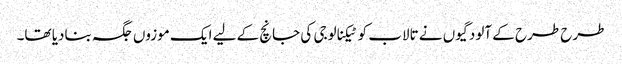
طرح طرح کے آلودگیوں نے تالاب کو ٹیکنالوجی کی جانچ کے لیے ایک موزوں جگہ بنادیا تھا۔